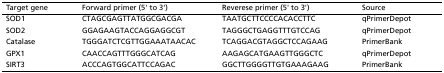
<table><thead><tr><td><b>Target gene</b></td><td><b>Forward primer (5&#x27; to 3&#x27;)</b></td><td><b>Reverese primer (5&#x27; to 3&#x27;)</b></td><td><b>Source</b></td></tr></thead><tbody><tr><td>SOD1</td><td>CTAGCGAGTTATGGCGACGA</td><td>TAATGCTTCCCCACACCTTC</td><td>qPrimerDepot</td></tr><tr><td>SOD2</td><td>GGAGAAGTACCAGGAGGCGT</td><td>TAGGGCTGAGGTTTGTCCAG</td><td>qPrimerDepot</td></tr><tr><td>Catalase</td><td>TGGGATCTCGTTGGAAATAACAC</td><td>TCAGGACGTAGGCTCCAGAAG</td><td>PrimerBank</td></tr><tr><td>GPX1</td><td>CAACCAGTTTGGGCATCAG</td><td>AAGAGCATGAAGTTGGGCTC</td><td>qPrimerDepot</td></tr><tr><td>SIRT3</td><td>ACCCAGTGGCATTCCAGAC</td><td>GGCTTGGGGTTGTGAAAGAAG</td><td>PrimerBank</td></tr></tbody></table>